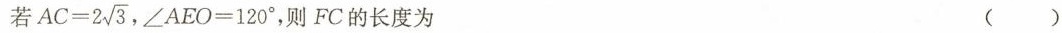
若$$ AC=2 \sqrt{3}$$,$$ \angle AEO=120^\circ$$， 则FC的长度为 ()